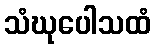
သံဃုပေါသထံ